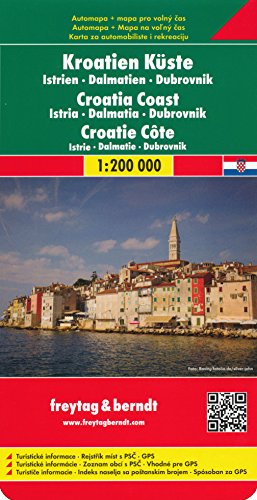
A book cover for Croatia Coast 1:200,000 Travel Map, double-sided, FREYTAG, 2012 edition; Freytag Berndt; Travel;